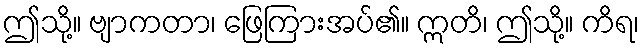
ဤသို့။ ဗျာကတာ၊ ဖြေကြားအပ်၏။ ဣတိ၊ ဤသို့။ ကိရ၊